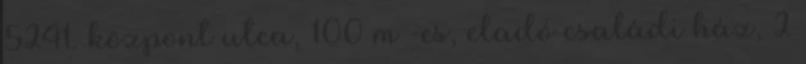
5241. központ utca, 100 m²-es, eladó családi ház, 2